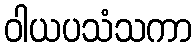
ဝါယပသံသကာ